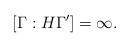
LaTeX: \begin{align*}[\Gamma:H\Gamma']=\infty.\end{align*}